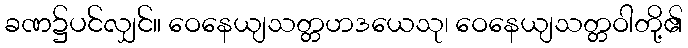
ခဏ၌ပင်လျှင်။ ဝေနေယျသတ္တဟဒယေသု၊ ဝေနေယျသတ္တဝါတို့၏